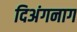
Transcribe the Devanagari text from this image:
दिअंगनाग